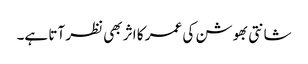
شانتی بھوشن کی عمر کا اثر بھی نظر آتا ہے۔